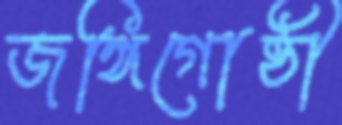
জঙ্গিগোষ্ঠী